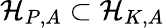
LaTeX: \mathcal{H}_{P,A}\subset\mathcal{H}_{K,A}